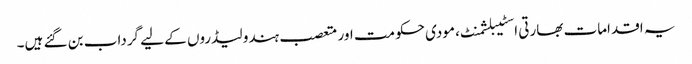
یہ اقدامات بھارتی اسٹیبلشمنٹ، مودی حکومت اور متعصب ہندو لیڈروں کے لیے گرداب بن گئے ہیں۔